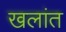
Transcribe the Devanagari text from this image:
खलांत